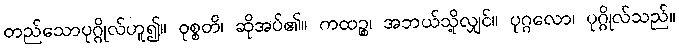
တည်သောပုဂ္ဂိုလ်ဟူ၍။ ဝုစ္စတိ၊ ဆိုအပ်၏။ ကထဉ္စ၊ အဘယ်သို့လျှင်။ ပုဂ္ဂလော၊ ပုဂ္ဂိုလ်သည်။